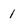
Character: 1